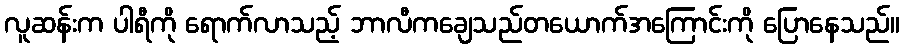
လူဆန်းက ပါရီကို ရောက်လာသည့် ဘာလီကချေသည်တယောက်အကြောင်းကို ပြောနေသည်။